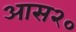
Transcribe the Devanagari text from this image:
आस२०